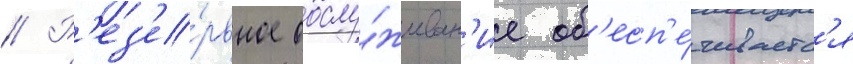
// Р'ез'е́рвное обслу́живан'ие об'есп'е́чиваетс'я